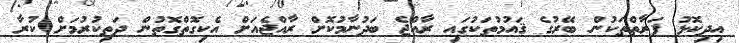
އިދިކޮޅު ފަރާތްތަކުން ބޭރުގެ ޤައުމުތަކުގައި ރާއްޖެ ބަދުނާމުކޮށް ރާއްޖެއަށް އެކިގޮތްގޮތުން ދަތިކުރުމަށް ކުރާ